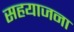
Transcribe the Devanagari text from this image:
सहयाजना